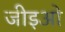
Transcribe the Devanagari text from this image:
जीइओ